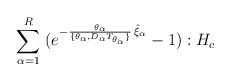
\begin{align*}\;\sum_{\alpha=1}^R \;(e^{-\frac{\theta_\alpha}{\lbrace\theta_\alpha,D_\alpha T_{\theta_\alpha}\rbrace}\,\hat\xi_\alpha}- 1): H_c\;\end{align*}